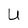
Character: U